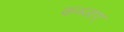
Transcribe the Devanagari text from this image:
कब्जाए